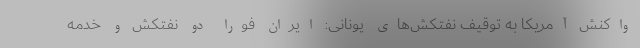
واکنش آمریکا به توقیف نفتکش‌های یونانی: ایران فوراً دو نفتکش و خدمه